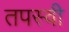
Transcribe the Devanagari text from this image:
तपस्‍वी